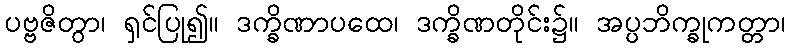
ပဗ္ဗဇိတွာ၊ ရှင်ပြု၍။ ဒက္ခိဏာပထေ၊ ဒက္ခိဏတိုင်း၌။ အပ္ပဘိက္ခုကတ္တာ၊